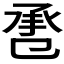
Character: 𢬬